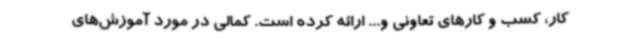
کار، کسب و کارهای تعاونی و... ارائه کرده است. کمالی در مورد آموزش‌های